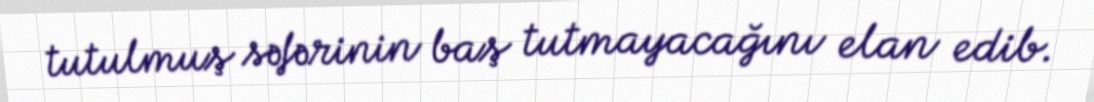
tutulmuş səfərinin baş tutmayacağını elan edib.